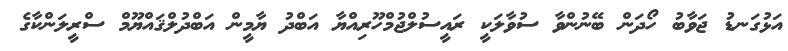
އަޅުގަނޑު ޖަވާބު ހޯދަން ބޭނުންވާ ސުވާލަކީ ރައީސުލްޖުމްހޫރިއްޔާ އަބްދު ޔާމީން އަބްދުލްޤައްޔޫމް ސްރީލަންކާގެ